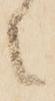
々